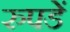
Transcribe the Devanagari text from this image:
रुपडें